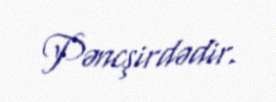
Pəncşirdədir.